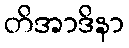
တိအာဒိနာ